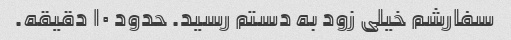
سفارشم خیلی زود به دستم رسید. حدود ۱۰ دقیقه.